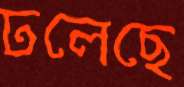
ঢলেছে